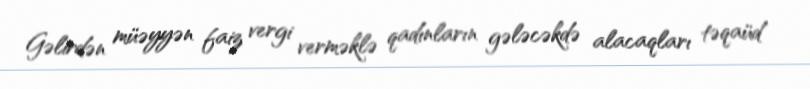
Gəlirdən müəyyən faiz vergi verməklə qadınların gələcəkdə alacaqları təqaüd